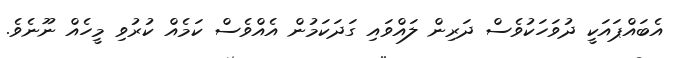
އެބައްޕައަކީ ދުވަހަކުވެސް ދަރިން ލައްވައި ގަދަކަމުން އެއްވެސް ކަމެއް ކުރުވި މީހެއް ނޫނެވެ.